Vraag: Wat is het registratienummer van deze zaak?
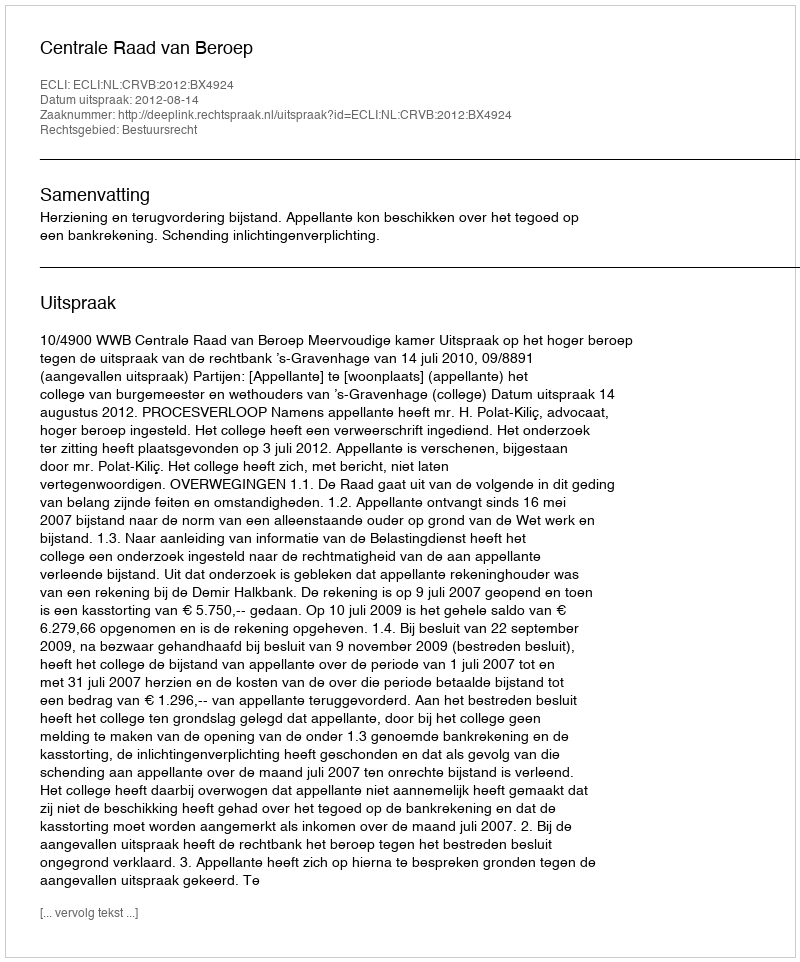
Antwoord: http://deeplink.rechtspraak.nl/uitspraak?id=ECLI:NL:CRVB:2012:BX4924